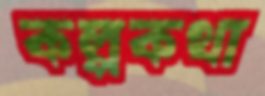
কল্পকথা